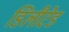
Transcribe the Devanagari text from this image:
डिलीटेड